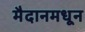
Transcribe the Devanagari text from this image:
मैदानमधून